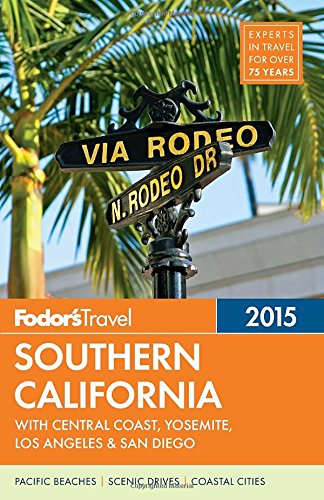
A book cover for Fodor's Southern California 2015: with Central Coast, Yosemite, Los Angeles & San Diego (Full-color Travel Guide); Fodor's; Travel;